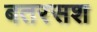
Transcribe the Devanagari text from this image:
बतरसश